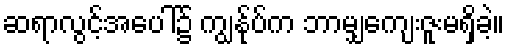
ဆရာလွင့်အပေါ်၌ ကျွန်ုပ်က ဘာမျှကျေးဇူးမရှိခဲ့။